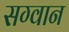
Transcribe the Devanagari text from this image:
सग्वान